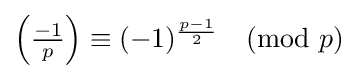
{\textstyle \left({\frac {-1}{p}}\right)\equiv (-1)^{\frac {p-1}{2}}{\pmod {p}}}